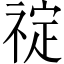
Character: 𬓆